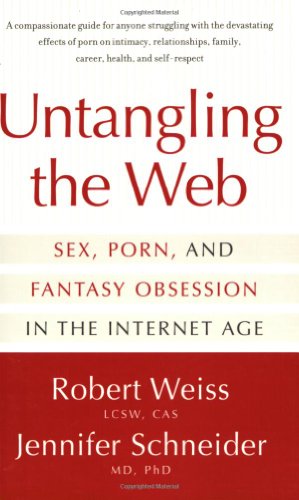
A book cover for Untangling the Web: Sex, Porn, and Fantasy Obsession in the Internet Age; Robert Weiss; Gay & Lesbian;